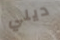
ديلي